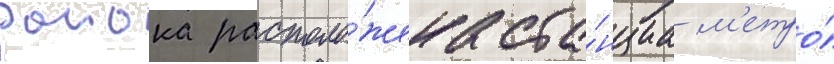
раиона располо́жена ста́нциа м'етро́